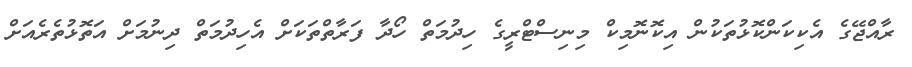
ރާއްޖޭގެ އެކިކަންކޮޅުތަކުން އިކޮނޮމިކް މިނިސްޓްރީގެ ހިދުމަތް ހޯދާ ފަރާތްތަކަށް އެހިދުމަތް ދިނުމަށް އަތޮޅުތެރެއަށް